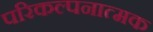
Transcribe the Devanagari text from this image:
परिकल्‍पनात्‍मक